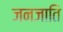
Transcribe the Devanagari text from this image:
जनजाति